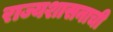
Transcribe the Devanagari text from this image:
राज्यशासनाची